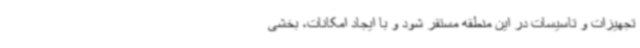
تجهیزات و تاسیسات در این منطقه مستقر شود و با ایجاد امکانات، بخشی